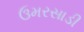
ઉમરસાડી